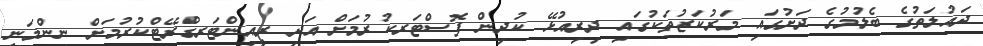
ދައުލަތުގެ ބެލުމުގެ ދަށުގައި މަރުކަޒުތަކުގައި ދިރިއުޅޭ ކުދިން ފޮސްޓަރކުރުމަށް އަދި ރީއިންޓަރގްރޭޓްކުރުމަށް ނިންމަނީ